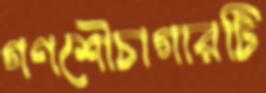
গণশৌচাগারটি